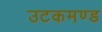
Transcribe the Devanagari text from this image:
उटकमण्ड